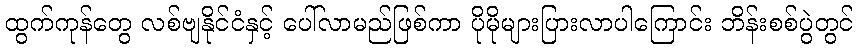
ထွက်ကုန်တွေ လစ်ဗျနိုင်ငံနှင့် ပေါ်လာမည်ဖြစ်ကာ ပိုမိုများပြားလာပါကြောင်း ဘိန်းစစ်ပွဲတွင်